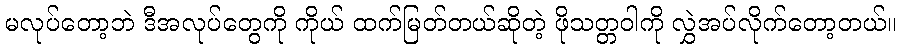
မလုပ်တော့ဘဲ ဒီအလုပ်တွေကို ကိုယ် ထက်မြတ်တယ်ဆိုတဲ့ ဖိုသတ္တဝါကို လွှဲအပ်လိုက်တော့တယ်။